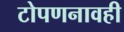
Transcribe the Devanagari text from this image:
टोपणनावही